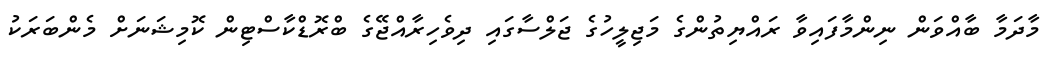
މާދަމާ ބާއްވަން ނިންމާފައިވާ ރައްޔިތުންގެ މަޖިލީހުގެ ޖަލްސާގައި ދިވެހިރާއްޖޭގެ ބްރޮޑްކާސްޓިން ކޮމިޝަނަށް މެންބަރަކު